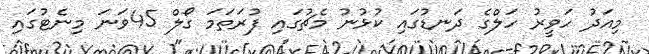
މިއަދު ހަވީރު ހަލްގެ ދަނޑުގައި ކުޅުނު މެޗުގައި ފުރަތަމަ ގޯލް 45ވަނަ މިނެޓުގައި